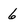
Character: 6